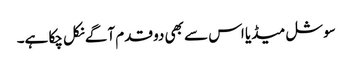
سوشل میڈیا اس سے بھی دو قدم آگے نکل چکا ہے۔